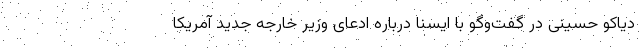
دیاکو حسینی در گفت‌وگو با ایسنا درباره ادعای وزیر خارجه جدید آمریکا